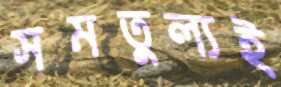
সমতুল্যই